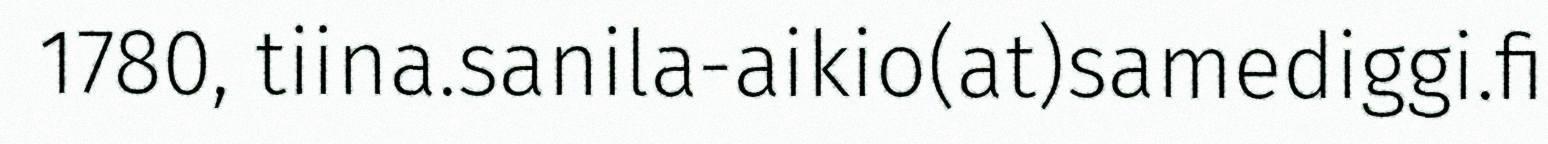
1780, tiina.sanila-aikio(at)samediggi.fi